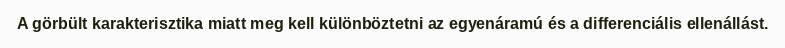
A görbült karakterisztika miatt meg kell különböztetni az egyenáramú és a differenciális ellenállást.